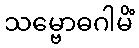
သမ္ဗောဓဂါမိံ